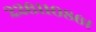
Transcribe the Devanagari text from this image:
२२६११०८६।